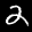
Label: 2